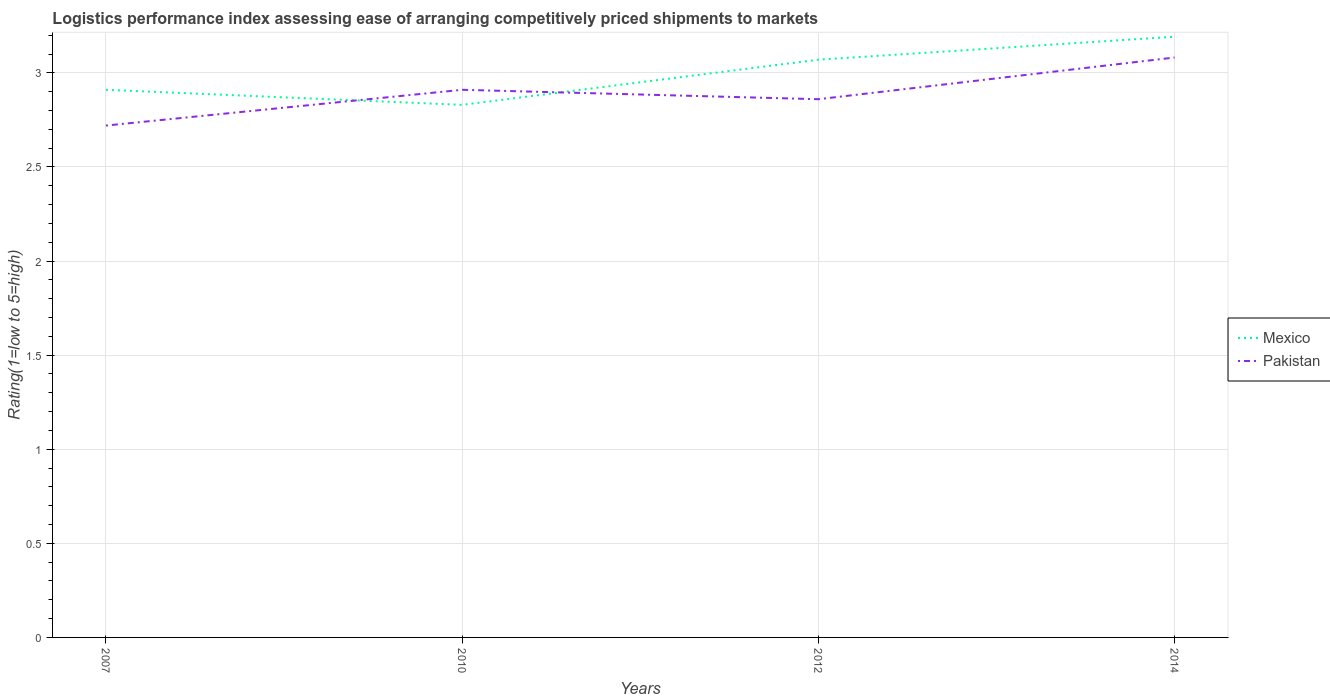
| Years | Mexico | Pakistan |
 | --- | --- | --- |
 | 2007 | 2.91 | 2.72 |
 | 2010 | 2.83 | 2.91 |
 | 2012 | 3.07 | 2.86 |
 | 2014 | 3.19 | 3.08 |